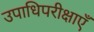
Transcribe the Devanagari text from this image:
उपाधिपरीक्षाएँ